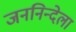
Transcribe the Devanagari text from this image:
जननिन्देला